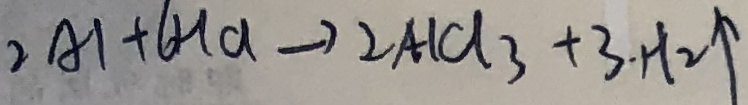
2 A l + 6 H C l \rightarrow 2 A l C l _ { 3 } + 3 . H 2 \uparrow